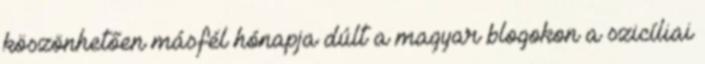
köszönhetően másfél hónapja dúlt a magyar blogokon a szicíliai